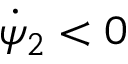
\dot { \psi } _ { 2 } < 0